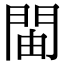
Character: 𫔞